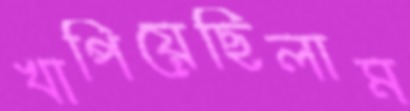
খাপিয়েছিলাম